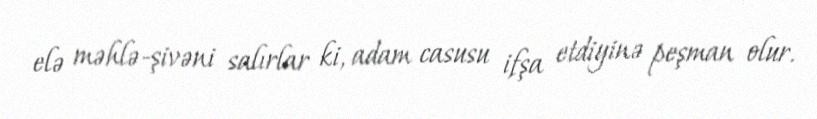
elə məhlə-şivəni salırlar ki, adam casusu ifşa etdiyinə peşman olur.